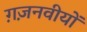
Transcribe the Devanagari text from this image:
ग़ज़नवीयों